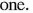
one.